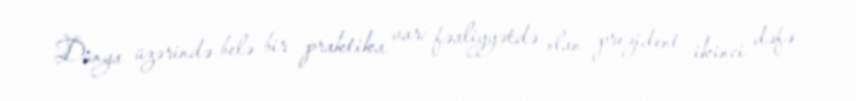
Dünya üzərində belə bir praktika var: fəaliyyətdə olan prezident ikinci dəfə